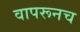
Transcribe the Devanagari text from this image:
वापरूनच